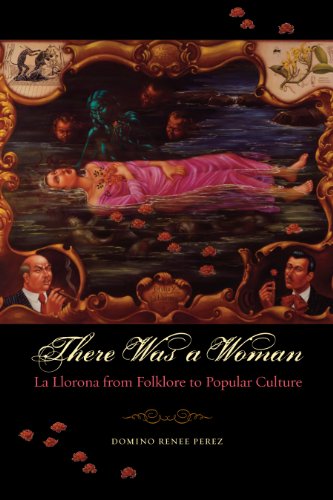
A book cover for There Was a Woman: La Llorona from Folklore to Popular Culture; Domino Renee Perez; Literature & Fiction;